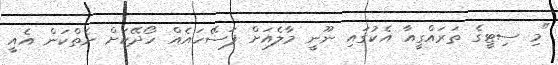
"މި ސިޓީގެ ތަރައްގީއާ އެކުގައި ނޫނީ މާލެއަށް ފަސޭހައެއް ހޯދޭކަށް ނެތްކަން އެއީ